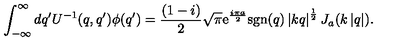
\int _ { - \infty } ^ { \infty } d q ^ { \prime } U ^ { - 1 } ( q , q ^ { \prime } ) \phi ( q ^ { \prime } ) = \frac { ( 1 - i ) } { 2 } \sqrt { \pi } \mathrm { e } ^ { \frac { i \pi a } { 2 } } \mathrm { s g n } ( q ) \left| k q \right| ^ { \frac { 1 } { 2 } } J _ { a } ( k \left| q \right| ) .